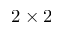
2 \times 2